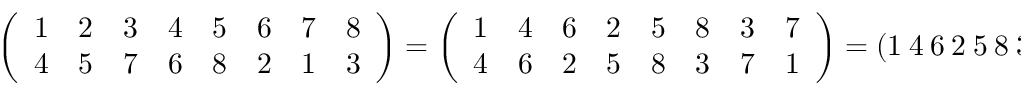
{ \left( \begin{array} { l l l l l l l l } { 1 } & { 2 } & { 3 } & { 4 } & { 5 } & { 6 } & { 7 } & { 8 } \\ { 4 } & { 5 } & { 7 } & { 6 } & { 8 } & { 2 } & { 1 } & { 3 } \end{array} \right) } = { \left( \begin{array} { l l l l l l l l } { 1 } & { 4 } & { 6 } & { 2 } & { 5 } & { 8 } & { 3 } & { 7 } \\ { 4 } & { 6 } & { 2 } & { 5 } & { 8 } & { 3 } & { 7 } & { 1 } \end{array} \right) } = ( 1 \ 4 \ 6 \ 2 \ 5 \ 8 \ 3 \ 7 )